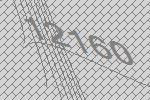
12160